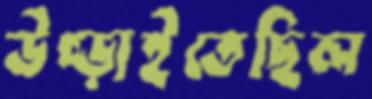
উপ্‌ড়াইতেছিল